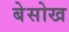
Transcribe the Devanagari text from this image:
बेसोख